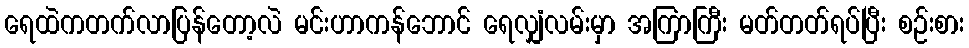
ရေထဲကတက်လာပြန်တော့လဲ မင်းဟာကန်ဘောင် ရေလျှံလမ်းမှာ အကြာကြီး မတ်တတ်ရပ်ပြီး စဉ်းစား